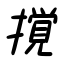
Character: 撹